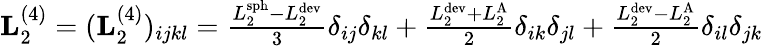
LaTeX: \begin{array}{r}{\mathbf L_{2}^{(4)}=(\mathbf L_{2}^{(4)})_{ijkl}=\frac{L_{2}^{\textrm{sph}}-L_{2}^{\textrm{dev}}}{3}\delta_{ij}\delta_{kl}+\frac{L_{2}^{\textrm{dev}}+L_{2}^{\textrm{A}}}{2}\delta_{ik}\delta_{jl}+\frac{L_{2}^{\textrm{dev}}-L_{2}^{\textrm{A}}}{2}\delta_{il}\delta_{jk}}\end{array}